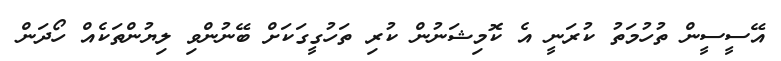
އޭސީސީން ތުހުމަތު ކުރަނީ އެ ކޮމިޝަނުން ކުރި ތަހުގީގަކަށް ބޭނުންވި ލިޔުންތަކެއް ހޯދަން